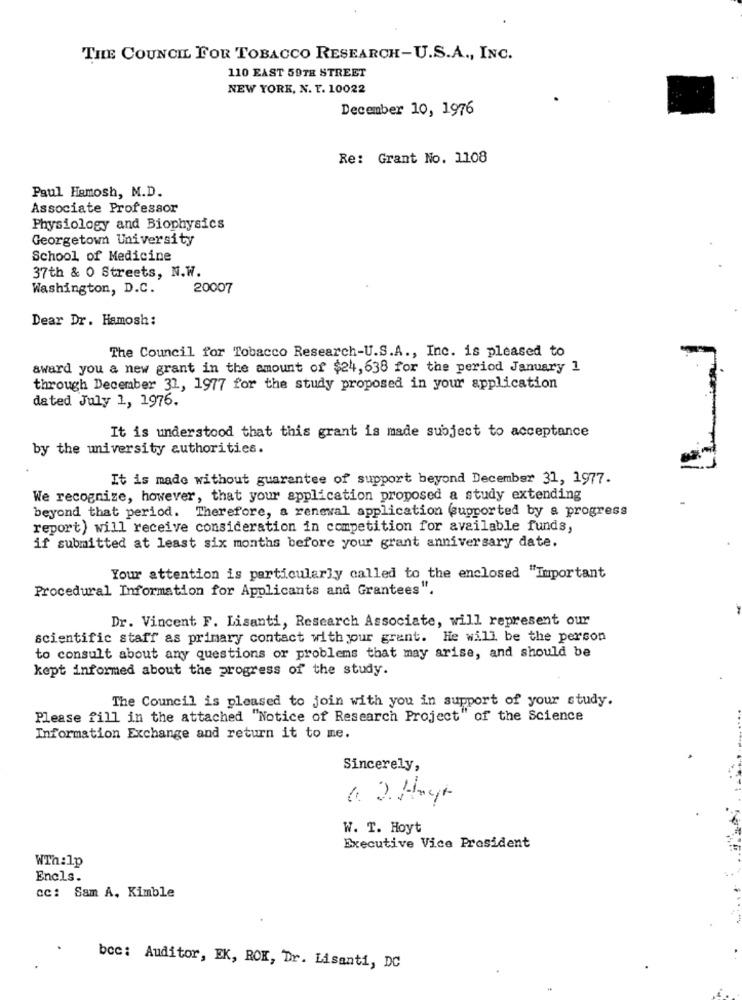
THE COUNCIL FOR TOBACCO RESEARCH-U.S.A ., INC.
110 EAST 59TH STREET
NEW YORK, N. Y. 10022
December 10, 1976
Re: Grant No. 1108
Paul Hemosh, M.D.
Associate Professor
Physiology and Biophysics
Georgetown University
School of Medicine
37th & 0 Streets, N.W.
Washington, D.C.
20007
Dear Dr. Hamosh:
The Council for Tobacco Research-U.S.A ., Inc. is pleased to
award you a new grant in the amount of $24, 638 for the period January 1
through December 31, 1977 for the study proposed in your application
dated July 1, 1976.
It is understood that this grant is made subject to acceptance
by the university authorities.
It is made without guarantee of support beyond December 31, 1977.
We recognize, however, that your application proposed a study extending
beyond that period. Therefore, a renewal application supported by a progress
report) will receive consideration in competition for available funds,
if submitted at least six months before your grant anniversary date.
Your attention is particularly called to the enclosed "Important
Procedural Information for Applicants and Grantees".
Dr. Vincent F. Lisanti, Research Associate, will represent our
scientific staff as primary contact with your grant. He will be the person
to consult about any questions or problems that may arise, and should be
kept informed about the progress of the study.
The Council is pleased to join with you in support of your study.
Please fill in the attached "Notice of Research Project" of the Science
Information Exchange and return it to me.
Sincerely,
a ) Hoyt
W. T. Hoyt
Executive Vice President
WTh:1p
Encls.
CC: Sam A. Kimble
bcc: Auditor, EK, ROK, Dr. Lisanti, DC